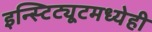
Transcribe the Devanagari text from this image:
इन्स्टिट्यूटमध्येही